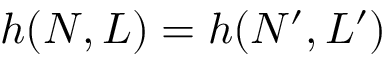
h ( N , L ) = h ( N ^ { \prime } , L ^ { \prime } )